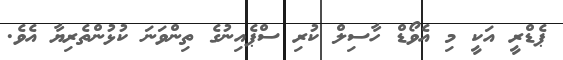
ޕެޑްރީ އަކީ މި އެވޯޑް ހާސިލް ކުރި ސްޕެއިނުގެ ތިންވަނަ ކުޅުންތެރިޔާ އެވެ.